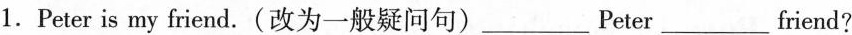
1.Peter is my friend.(改为一般疑问句))___Peter)___friend?